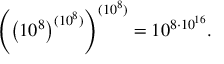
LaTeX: \left( \left( 1 0 ^ { 8 } \right) ^ { ( 1 0 ^ { 8 } ) } \right) ^ { ( 1 0 ^ { 8 } ) } = 1 0 ^ { 8 \cdot 1 0 ^ { 1 6 } } .